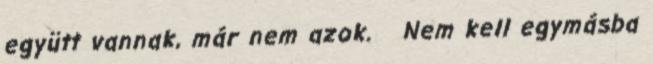
együtt vannak, már nem azok. Nem kell egymásba